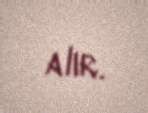
alır.